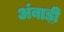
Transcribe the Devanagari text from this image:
अंबाड़ी़